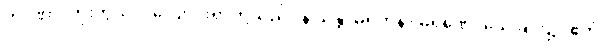
တာဏာ၊ ကိုးကွယ်လဲလျောင်းရာတို့သည်။ န သန္တိ၊ မရှိကုန်။ မရဏေ၊ သေခြင်း၌။ ဧတံ